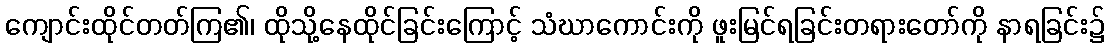
ကျောင်းထိုင်တတ်ကြ၏၊ ထိုသို့နေထိုင်ခြင်းကြောင့် သံဃာကောင်းကို ဖူးမြင်ရခြင်းတရားတော်ကို နာရခြင်း၌